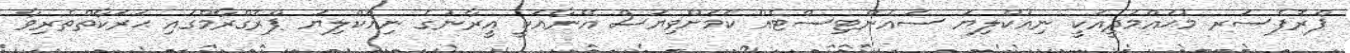
ޕްރޮފެސަރ މުޙައްމަދީއަކީ ނިއުކްލިޔަ ސައެންޓިސްޓެއް ކަމަށްވިޔަސް އޭނާއަކީ އީރާނުގެ ނިއުކްލިޔަ ޕްރޮގްރާމްގައި ޙަރަކާތްތެރިވާ